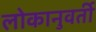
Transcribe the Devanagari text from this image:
लोकानुवर्ती